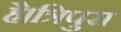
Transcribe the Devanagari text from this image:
है।त्रिपुरा